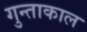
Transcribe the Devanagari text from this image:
गुन्ताकाल